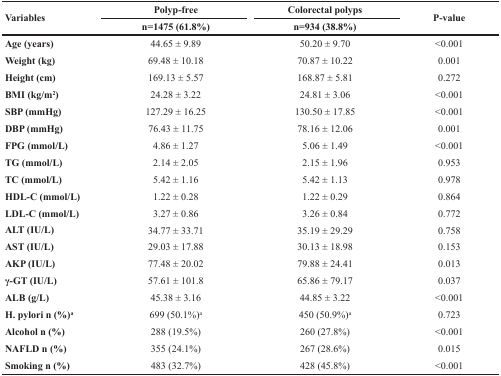
<table><thead><tr><td rowspan="2"><b>Variables </b></td><td><b>Polyp-free</b></td><td><b>Colorectal polyps</b></td><td rowspan="2"><b>P-value</b></td></tr><tr><td><b>n=1475 (61.8%)</b></td><td><b>n=934 (38.8%)</b></td></tr></thead><tbody><tr><td><b>Age (years)</b></td><td>44.65 ± 9.89</td><td>50.20 ± 9.70</td><td>&lt;0.001</td></tr><tr><td><b>Weight (kg)</b></td><td>69.48 ± 10.18</td><td>70.87 ± 10.22</td><td>0.001</td></tr><tr><td><b>Height (cm)</b></td><td>169.13 ± 5.57</td><td>168.87 ± 5.81</td><td>0.272</td></tr><tr><td><b>BMI (kg/m</b><sup>2</sup><b>)</b></td><td>24.28 ± 3.22</td><td>24.81 ± 3.06</td><td>&lt;0.001</td></tr><tr><td><b>SBP (mmHg)</b></td><td>127.29 ± 16.25</td><td>130.50 ± 17.85</td><td>&lt;0.001</td></tr><tr><td><b>DBP (mmHg)</b></td><td>76.43 ± 11.75</td><td>78.16 ± 12.06</td><td>0.001</td></tr><tr><td><b>FPG (mmol/L)</b></td><td>4.86 ± 1.27</td><td>5.06 ± 1.49</td><td>&lt;0.001</td></tr><tr><td><b>TG (mmol/L)</b></td><td>2.14 ± 2.05</td><td>2.15 ± 1.96</td><td>0.953</td></tr><tr><td><b>TC (mmol/L)</b></td><td>5.42 ± 1.16</td><td>5.42 ± 1.13</td><td>0.978</td></tr><tr><td><b>HDL-C (mmol/L)</b></td><td>1.22 ± 0.28</td><td>1.22 ± 0.29</td><td>0.864</td></tr><tr><td><b>LDL-C (mmol/L)</b></td><td>3.27 ± 0.86</td><td>3.26 ± 0.84</td><td>0.772</td></tr><tr><td><b>ALT (IU/L)</b></td><td>34.77 ± 33.71</td><td>35.19 ± 29.29</td><td>0.758</td></tr><tr><td><b>AST (IU/L)</b></td><td>29.03 ± 17.88</td><td>30.13 ± 18.98</td><td>0.153</td></tr><tr><td><b>AKP (IU/L)</b></td><td>77.48 ± 20.02</td><td>79.88 ± 24.41</td><td>0.013</td></tr><tr><td><b>γ-GT (IU/L)</b></td><td>57.61 ± 101.8</td><td>65.86 ± 79.17</td><td>0.037</td></tr><tr><td><b>ALB (g/L)</b></td><td>45.38 ± 3.16</td><td>44.85 ± 3.22</td><td>&lt;0.001</td></tr><tr><td><b>H. pylori n (%)</b><sup>a</sup></td><td>699 (50.1%)<sup>a</sup></td><td>450 (50.9%)<sup>a</sup></td><td>0.723</td></tr><tr><td><b>Alcohol n (%)</b></td><td>288 (19.5%)</td><td>260 (27.8%)</td><td>&lt;0.001</td></tr><tr><td><b>NAFLD n (%)</b></td><td>355 (24.1%)</td><td>267 (28.6%)</td><td>0.015</td></tr><tr><td><b>Smoking n (%)</b></td><td>483 (32.7%)</td><td>428 (45.8%)</td><td>&lt;0.001</td></tr></tbody></table>